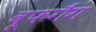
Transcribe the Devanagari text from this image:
वूफगैंग